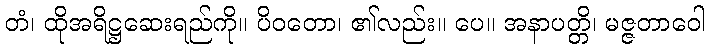
တံ၊ ထိုအရိဋ္ဌဆေးရည်ကို။ ပိဝတော၊ ၏လည်း။ ပေ။ အနာပတ္တိ၊ မဇ္ဇတာဝေါ